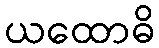
ယထောဓိ